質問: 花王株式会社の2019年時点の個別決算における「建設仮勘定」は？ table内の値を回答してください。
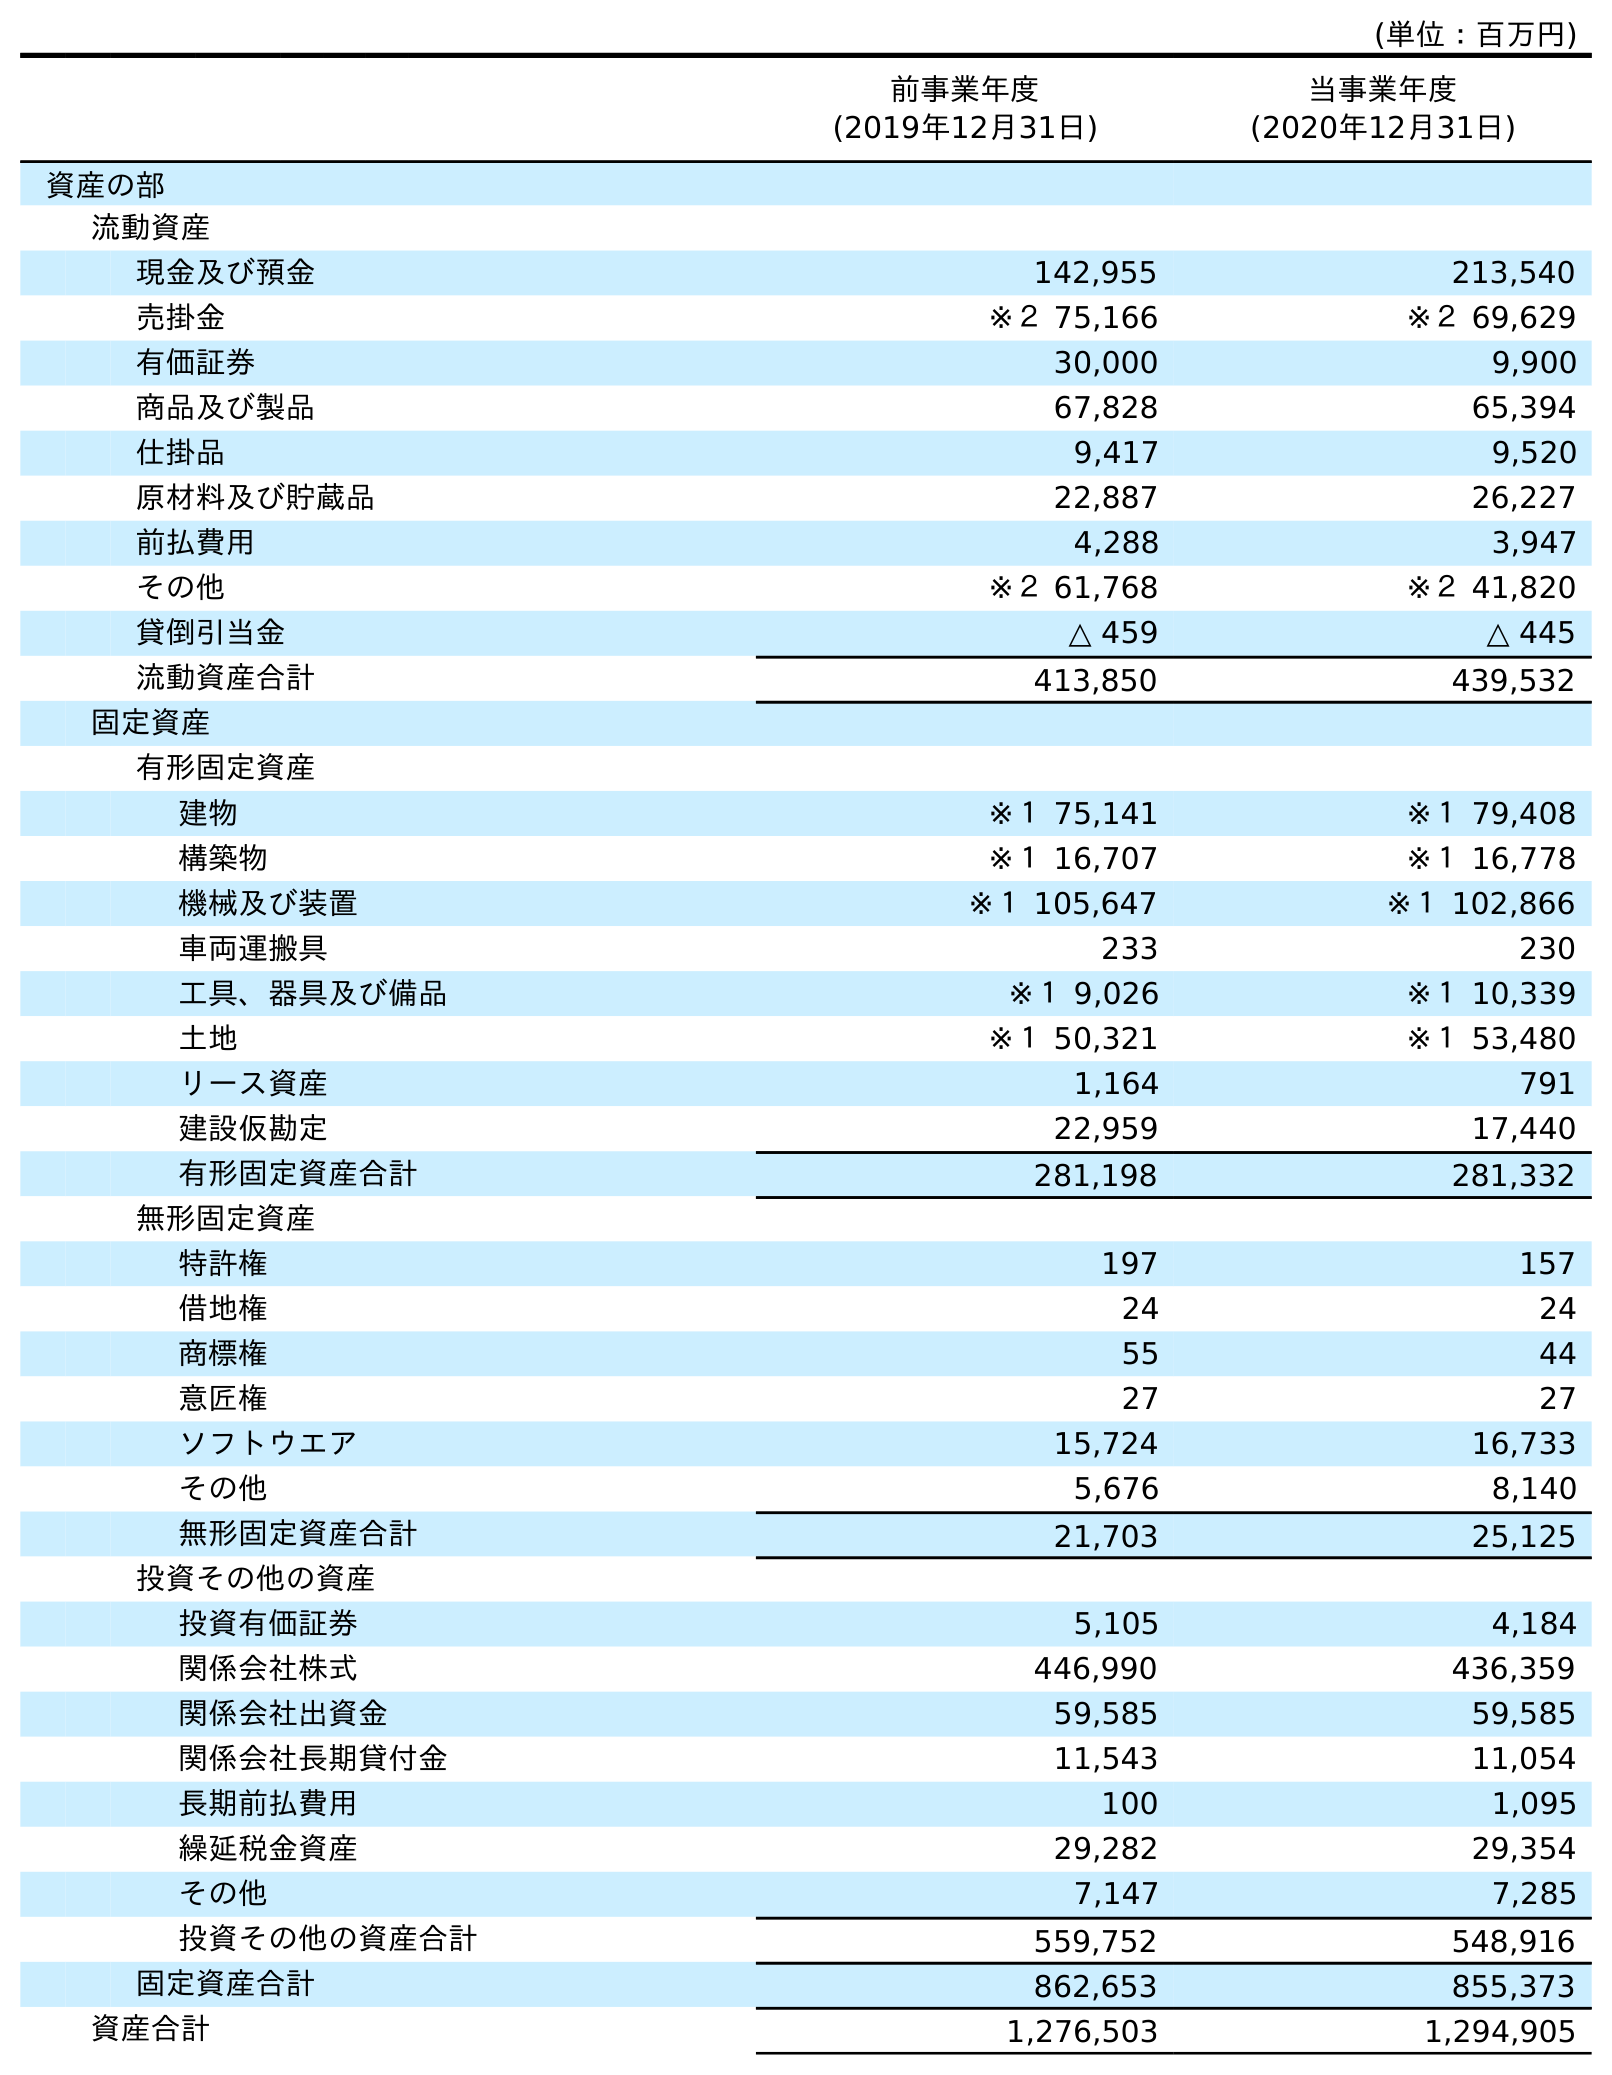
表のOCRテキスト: (単位：百万円) 前事業年度 (2019年12月31日) 当事業年度 (2020年12月31日) 資産の部 流動資産 現金及び預金 142,955 213,540 売掛金 ※２ 75,166 ※２ 69,629 有価証券 30,000 9,900 商品及び製品 67,828 65,394 仕掛品 9,417 9,520 原材料及び貯蔵品 22,887 26,227 前払費用 4,288 3,947 その他 ※２ 61,768 ※２ 41,820 貸倒引当金 △ 459 △ 445 流動資産合計 413,850 439,532 固定資産 有形固定資産 建物 ※１ 75,141 ※１ 79,408 構築物 ※１ 16,707 ※１ 16,778 機械及び装置 ※１ 105,647 ※１ 102,866 車両運搬具 233 230 工具、器具及び備品 ※１ 9,026 ※１ 10,339 土地 ※１ 50,321 ※１ 53,480 リース資産 1,164 791 建設仮勘定 22,959 17,440 有形固定資産合計 281,198 281,332 無形固定資産 特許権 197 157 借地権 24 24 商標権 55 44 意匠権 27 27 ソフトウエア 15,724 16,733 その他 5,676 8,140 無形固定資産合計 21,703 25,125 投資その他の資産 投資有価証券 5,105 4,184 関係会社株式 446,990 436,359 関係会社出資金 59,585 59,585 関係会社長期貸付金 11,543 11,054 長期前払費用 100 1,095 繰延税金資産 29,282 29,354 その他 7,147 7,285 投資その他の資産合計 559,752 548,916 固定資産合計 862,653 855,373 資産合計 1,276,503 1,294,905
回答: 22,959